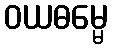
ဝယဓမ္မေ